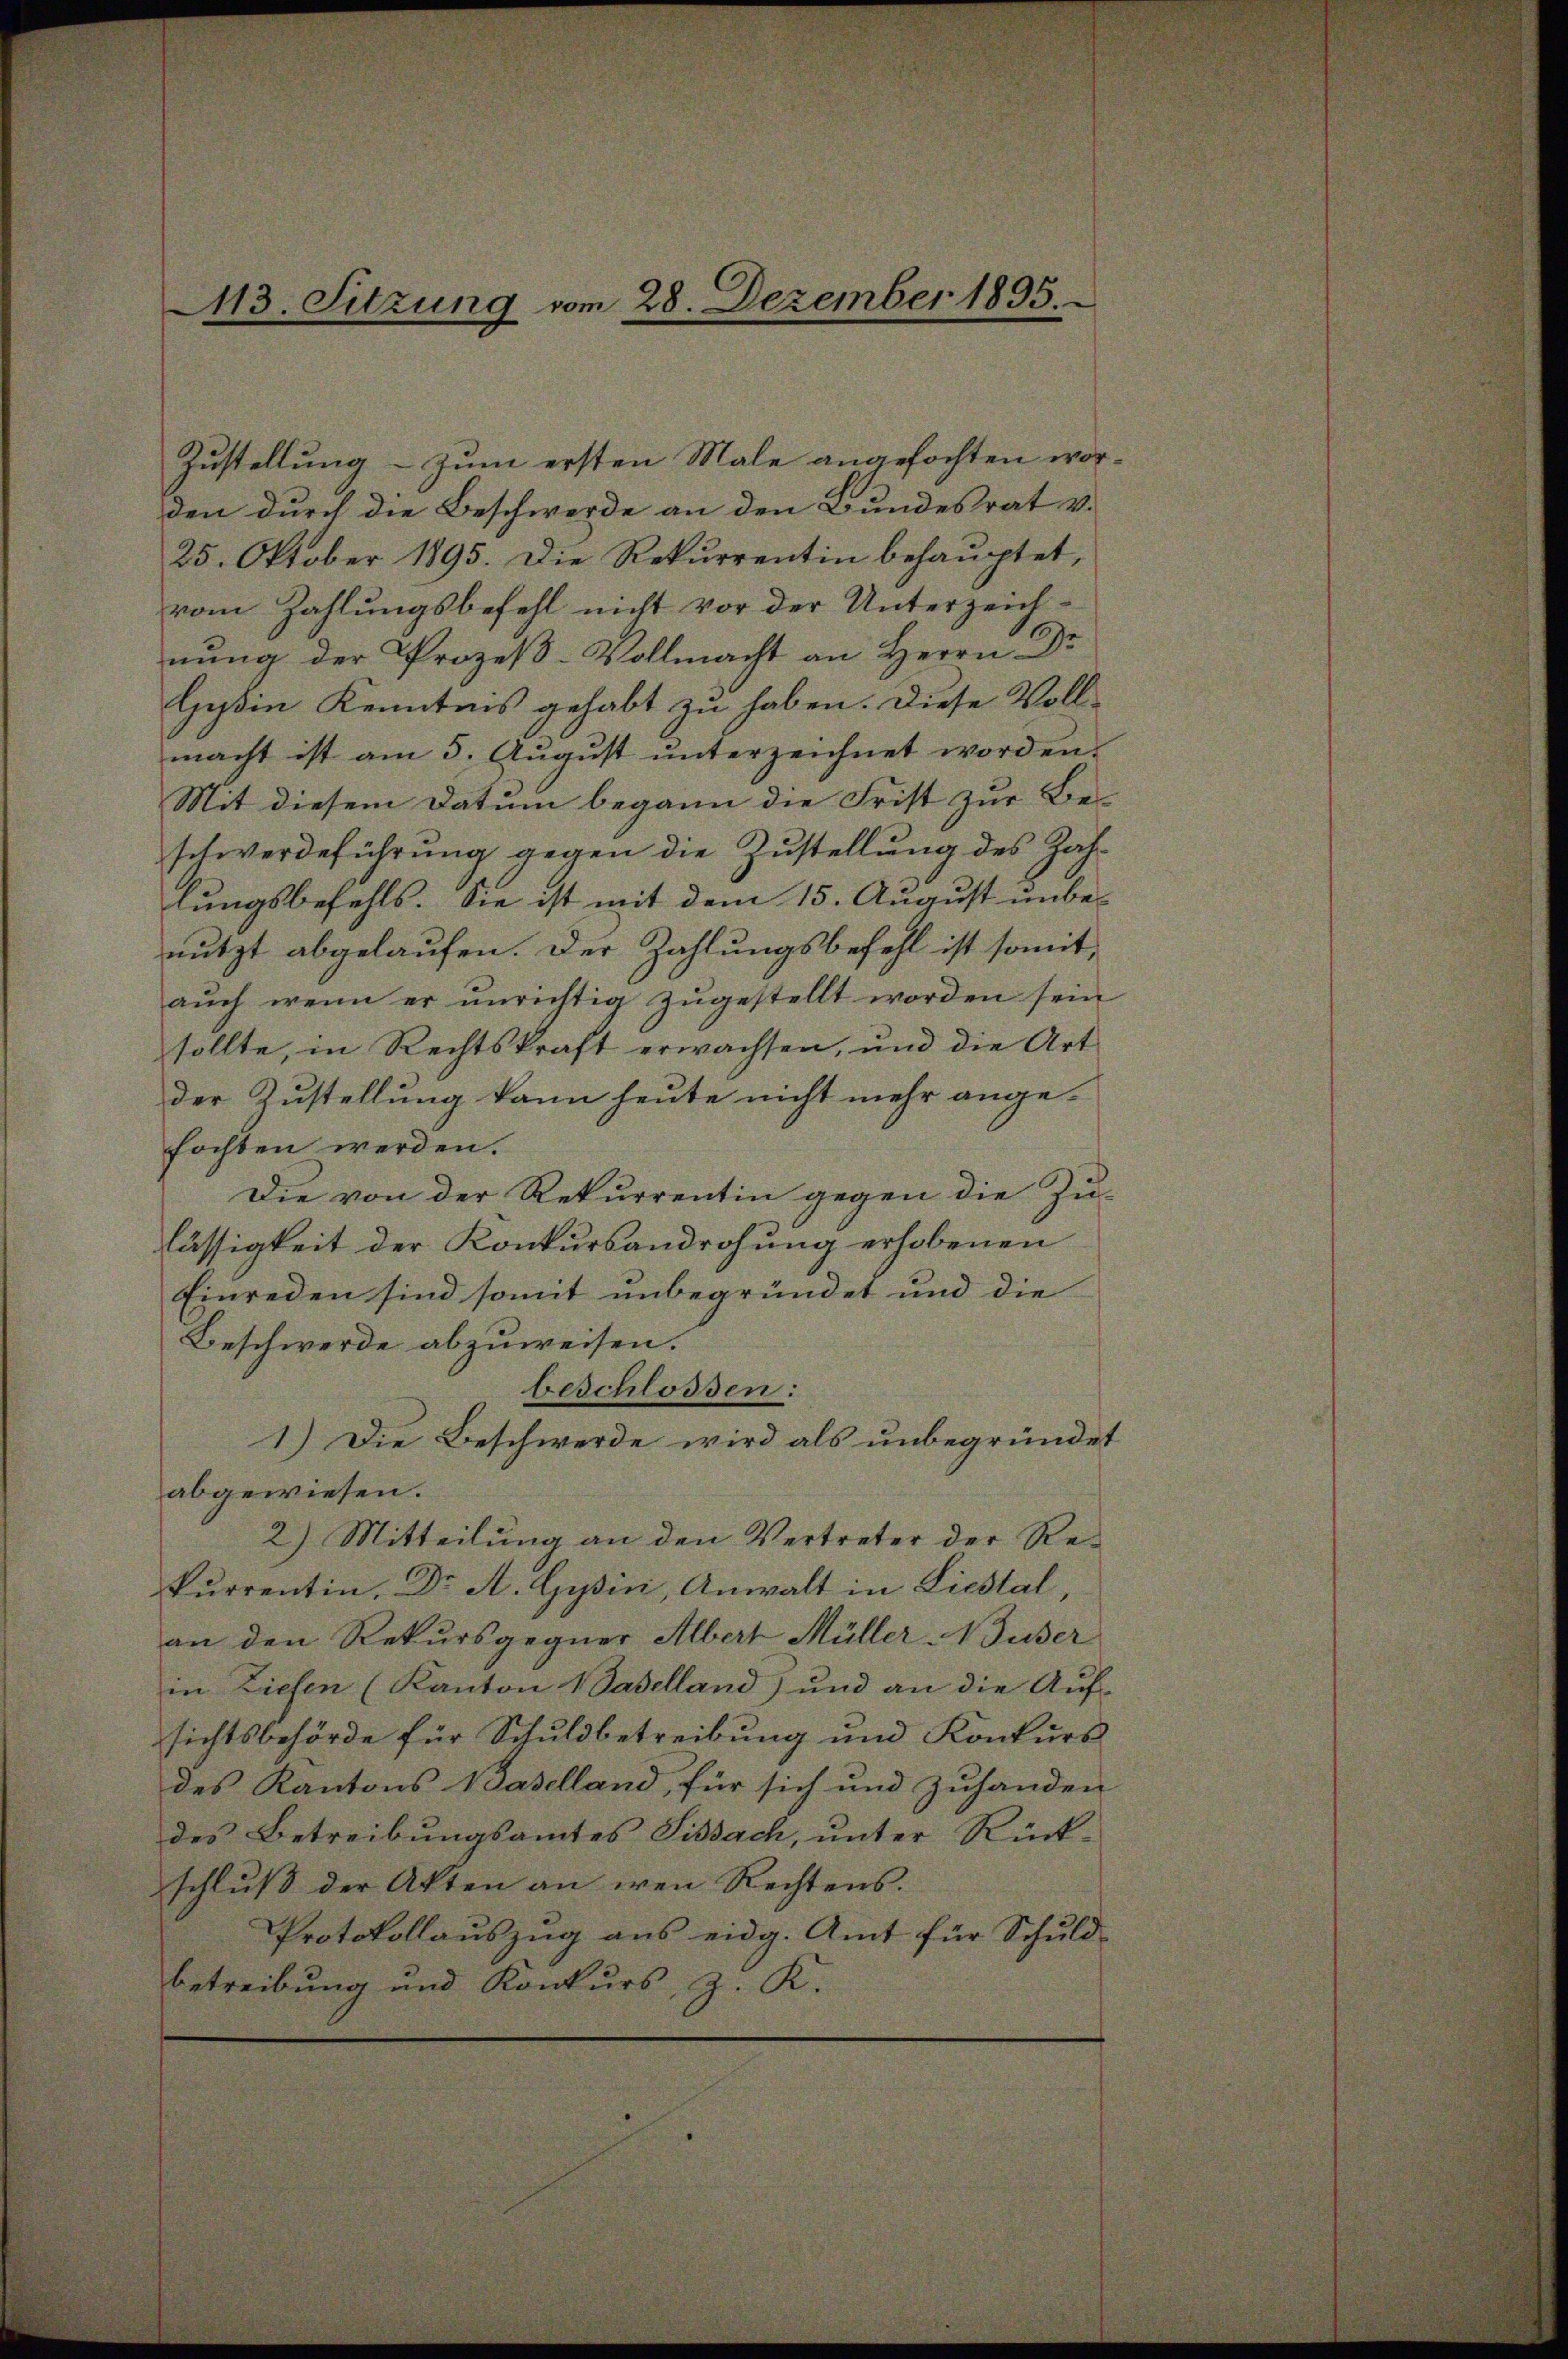
113. Sitzung vom 28. Dezember 1895.

Zustellung – zum ersten Male angefochten worden durch die Beschwerde an den Bundesrat v.
25. Oktober 1895. Die Rekurrentin behauptet,
vom Zahlungsbefehl nicht vor der Unterzeichnung der Prozeß-Vollmacht an Herrn Dr
Heßin Kenntnis gehabt zu haben. Diese Vollmacht ist am 5. Aŭgŭst ŭnterzeichnet worden.
Mit diesem Datum begann die Frist zur Be-
schwerdeführung gegen die Zustellung des Zahlungsbefehls. Sie ist mit dem 15. August unbe-
nutzt abgelaufen. Der Zahlungsbefehl ist somitaŭch wenn er ŭnrichtig zŭgestellt worden sein
sollte, in Rechtskraft erwachsen, und die Art
der Zustellung kann heute nicht mehr ange-
fochten werden.
Die von der Rekurrentin gegen die Zu-
lässigkeit der Konkursandrohung erhobenen
Einreden sind somit unbegründet und die
Beschwerde abzuweisen.
beschlossen:
1.) Die Beschwerde wird als unbegründet
abgewiesen.
2.) Mitteilung an den Vertreter der Rekŭrrentin, Dr. A. Gysin, Anwalt in Liestal,
an den Rekursgegner Albert Müller Muser
in Ziefen (Kanton Baselland) und an die Auf-
sichtsbehörde für Schuldbetreibung und Konkurs
des Kantons Waselland, für sich und zuhanden
des Betreibungsamtes Fissach, unter Rück-
schluß der Akten an wen Rechtens.
Protokollauszug aus eidg. Amt für Schuldbetreibung und Konkurs, z. K.